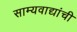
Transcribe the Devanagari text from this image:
साम्यवाद्यांची